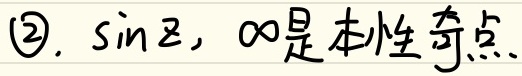
\textcircled{2}. \(\sin z\)，\(\infty\)是本性奇点